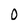
Character: 0